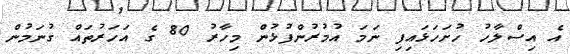
އެ އިސްލާހު ހުށަހަޅައިފި ނަމަ އުމުރުންފުޅުން މިހާރު 80 ގެ އަހަރުތައް ގުނަމުން